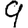
Digit: 9